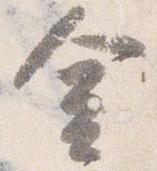
金